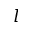
l